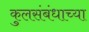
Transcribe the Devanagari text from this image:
कुलसंबंधाच्या